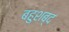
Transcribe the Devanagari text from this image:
बहुशब्द